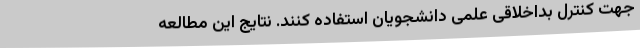
جهت کنترل بداخلاقی علمی دانشجویان استفاده کنند. نتایج این مطالعه